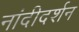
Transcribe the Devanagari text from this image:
नांदीदर्शन